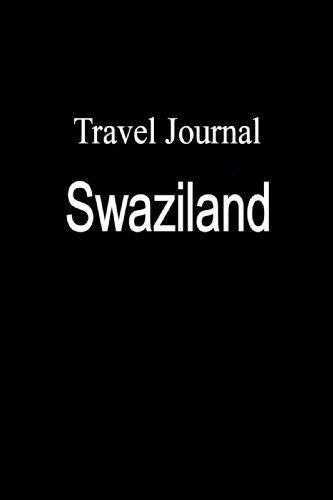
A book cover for Travel Journal Swaziland by Locken, E (2009) Paperback; E Locken; Travel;